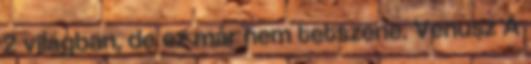
2 világban, de ez már nem tetszene. Venusz A